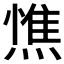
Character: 𭵼